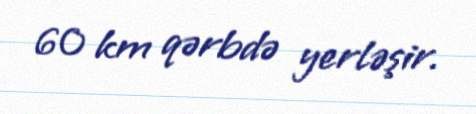
60 km qərbdə yerləşir.